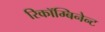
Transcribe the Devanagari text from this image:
रिकॉम्बिनेन्ट